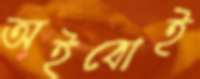
অইবোই